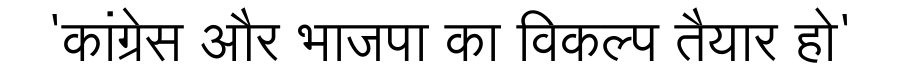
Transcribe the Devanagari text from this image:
'कांग्रेस और भाजपा का विकल्प तैयार हो'